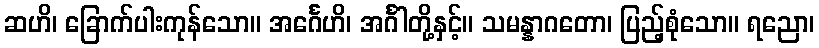
ဆဟိ၊ ခြောက်ပါးကုန်သော။ အင်္ဂေဟိ၊ အင်္ဂါတို့နှင့်။ သမန္နာဂတော၊ ပြည့်စုံသော။ ရညော၊